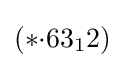
(*{\cdot }63_{1}2)